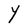
Character: Y